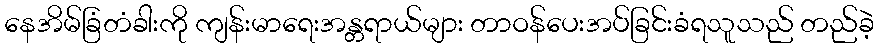
နေအိမ်ခြံတံခါးကို ကျန်းမာရေးအန္တရာယ်များ တာဝန်ပေးအပ်ခြင်းခံရသူသည် တည်ခဲ့